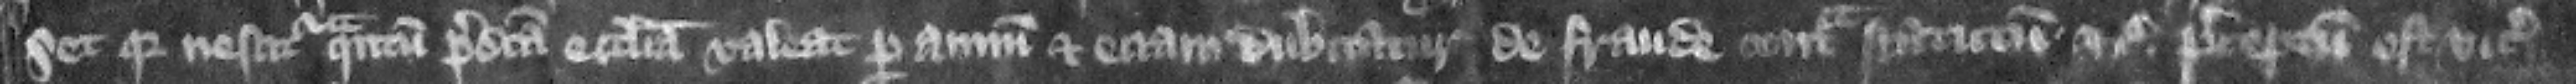
Set quia nescitur quantum predicta ecclesia valeat per annum et eciam dubitatur de fraude contra statutum etc. preceptum est vicecomiti